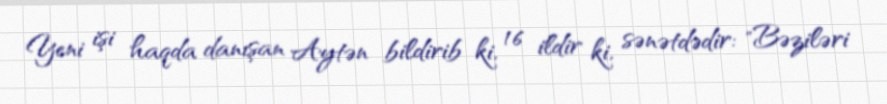
Yeni işi haqda danışan Aytən bildirib ki, 16 ildir ki, sənətdədir: "Bəziləri